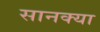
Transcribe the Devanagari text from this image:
सानक्या